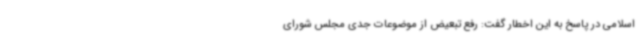
اسلامی در پاسخ به این اخطار گفت: رفع تبعیض از موضوعات جدی مجلس شورای